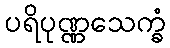
ပရိပုဏ္ဏသေက္ခံ